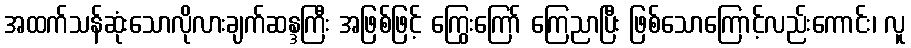
အထက်သန်ဆုံးသောလိုလားချက်ဆန္ဒကြီး အဖြစ်ဖြင့် ကြွေးကြော် ကြေညာပြီး ဖြစ်သောကြောင့်လည်းကောင်း၊ လူ